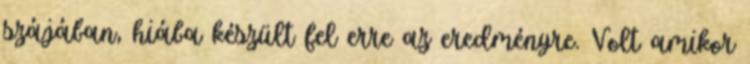
szájában, hiába készült fel erre az eredményre. Volt amikor